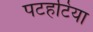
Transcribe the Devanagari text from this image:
पटहटिया